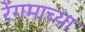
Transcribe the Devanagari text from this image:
रेंगमाच्या